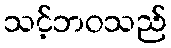
သင့်ဘဝသည်